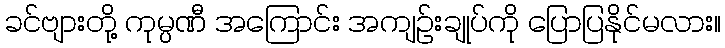
ခင်ဗျားတို့ ကုမ္ပဏီ အကြောင်း အကျဉ်းချုပ်ကို ပြောပြနိုင်မလား။